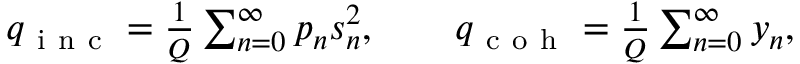
\begin{array} { r } { q _ { \mathrm { ~ i ~ n ~ c ~ } } = \frac { 1 } { Q } \sum _ { n = 0 } ^ { \infty } p _ { n } s _ { n } ^ { 2 } , \qquad q _ { \mathrm { ~ c ~ o ~ h ~ } } = \frac { 1 } { Q } \sum _ { n = 0 } ^ { \infty } y _ { n } , } \end{array}